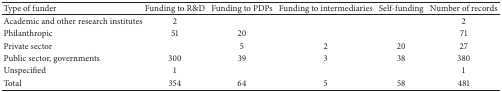
<table><thead><tr><td><b>Type of funder</b></td><td><b>Funding to R&amp;D</b></td><td><b>Funding to PDPs</b></td><td><b>Funding to intermediaries</b></td><td><b>Self-funding</b></td><td><b>Number of records</b></td></tr></thead><tbody><tr><td>Academic and other research institutes</td><td>2</td><td> </td><td> </td><td> </td><td>2</td></tr><tr><td>Philanthropic</td><td>51</td><td>20</td><td> </td><td> </td><td>71</td></tr><tr><td>Private sector</td><td> </td><td>5</td><td>2</td><td>20</td><td>27</td></tr><tr><td>Public sector, governments</td><td>300</td><td>39</td><td>3</td><td>38</td><td>380</td></tr><tr><td>Unspecified</td><td>1</td><td> </td><td> </td><td> </td><td>1</td></tr><tr><td>Total</td><td>354</td><td>64</td><td>5</td><td>58</td><td>481</td></tr></tbody></table>